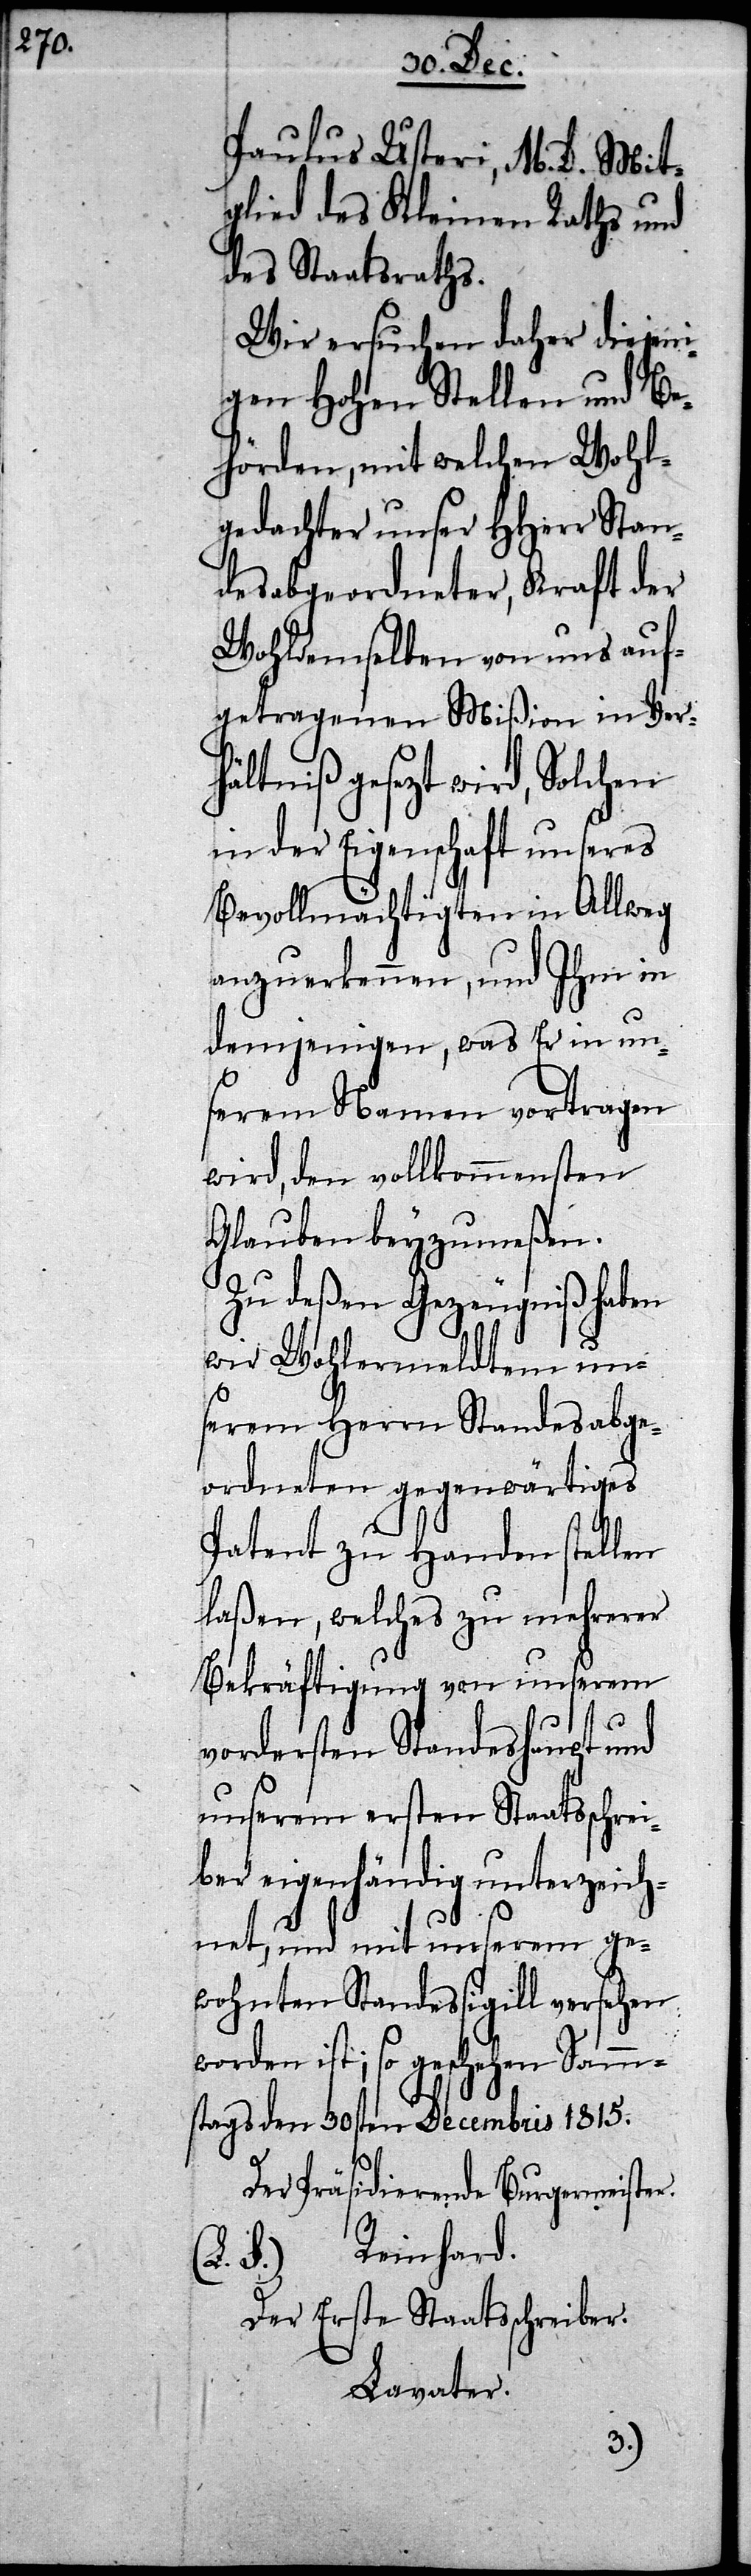
Paulus Usteri, M. D. Mit¬
glied des Kleinen Raths und
des Staatsraths.
Wir ersuchen daher diejeni¬
gen Hohen Stellen und Be¬
hörden, mit welchen Wohl¬
gedachter unser HHerr Stan¬
desabgeordneter, Kraft der
Wohldemselben von uns auf¬
getragenen Mißion in Ver¬
hältniß gesezt wird, Solchen
in der Eigenschaft unseres
Bevollmächtigten in Allweg
anzuerkennen, und Ihm in
demjenigen, was Er in un¬
serem Namen vortragen
wird, den vollkommensten
Glauben beyzumeßen.
Zu deßen Gegenzeugniß haben
wir Wohlermeldten un¬
serem Herrn Standesabge¬
ordneten gegenwärtiges
Patent zu Handen stellen
laßen, welches zu mehrerer
Bekräftigung von unserem
vordersten Standeshaupt und
unserem ersten Staatsschrei¬
ber eigenhändig unterzeich¬
net, und mit unserem ge¬
wohnten Standessigill versehen
worden ist; so geschehen Samm¬
stags den 30sten Decembris 1815.
Der Präsidierende Burgermeister.
Der Erste Staatsschreiber.
Lavater.